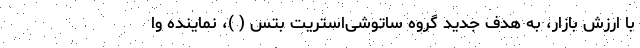
با ارزش بازار، به هدف جدید گروه ساتوشی‌استریت بتس ( )، نماینده وا